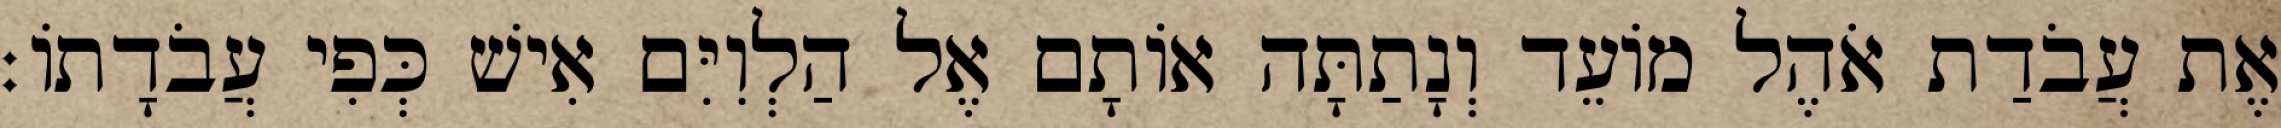
אֶת עֲבֹדַת אֹהֶל מוֹעֵד וְנָתַתָּה אוֹתָם אֶל הַלְוִיִּם אִישׁ כְּפִי עֲבֹדָתוֹ׃